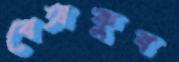
বেঅকুব